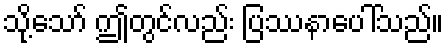
သို့သော် ဤတွင်လည်း ပြဿနာပေါ်သည်။